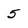
Character: 5